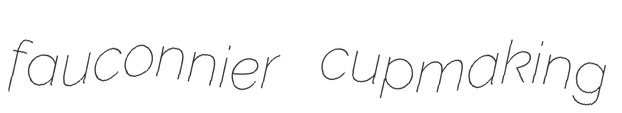
fauconnier cupmaking